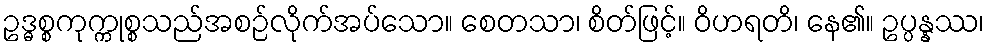
ဥဒ္ဓစ္စကုက္ကုစ္စသည်အစဉ်လိုက်အပ်သော။ စေတသာ၊ စိတ်ဖြင့်။ ဝိဟရတိ၊ နေ၏။ ဥပ္ပန္နဿ၊